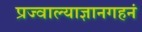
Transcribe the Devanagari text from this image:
प्रज्वाल्याज्ञानगहनं